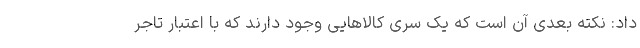
داد: نکته بعدی آن است که یک سری کالاهایی وجود دارند که با اعتبار تاجر